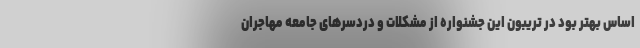
اساس بهتر بود در تریبون این جشنواره از مشکلات و دردسرهای جامعه مهاجران